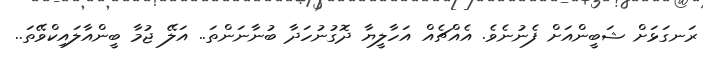
ރަނގަޅަށް ޝަބީންއަށް ފެނުނެވެ. އެއްޗެއް އަހާލީޔާ ދޮގުނުހަދާ ބުނާނަންތަ.. އަލޭ ޖުމާ ބީންއާލައިކްވޭތަ..